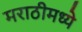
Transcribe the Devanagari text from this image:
मराठीमध्‍ये